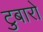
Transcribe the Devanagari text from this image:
टुबारो